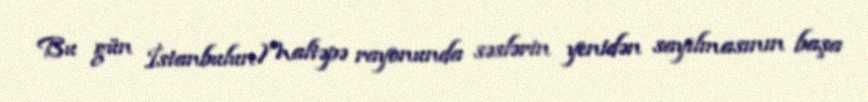
Bu gün İstanbulun Maltəpə rayonunda səslərin yenidən sayılmasının başa